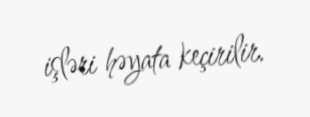
işləri həyata keçirilir.